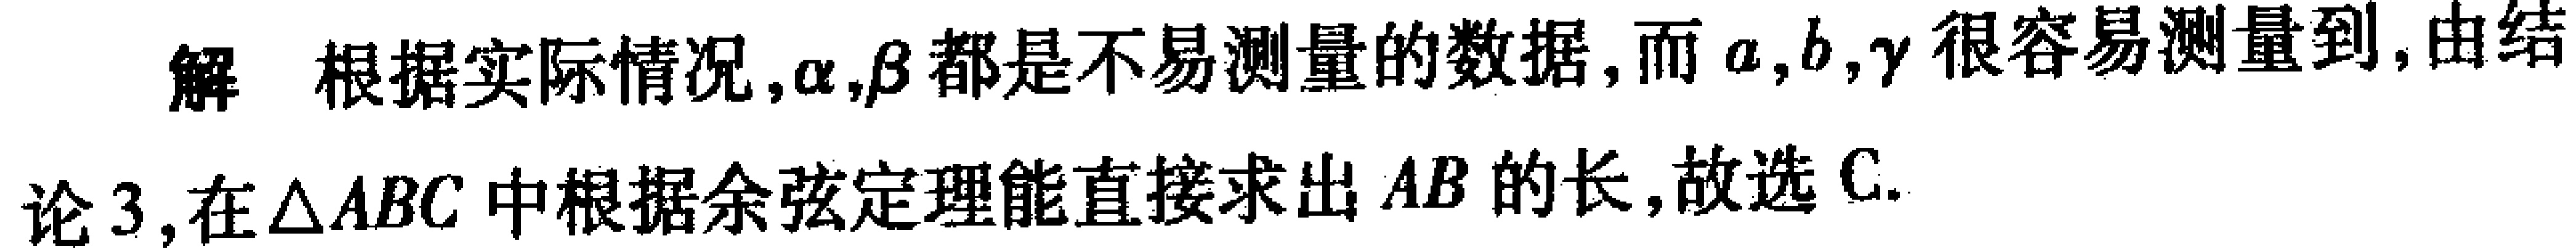
解 根据实际情况,$\alpha,\beta$都是不易测量的数据, 而$a,b,\gamma$很容易测量到,由结论 3, 在$\triangle ABC$中根据余弦定理能直接求出$AB$的长,故选 C.